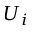
U _ { i }